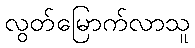
လွတ်မြောက်လာသူ